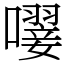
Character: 𡁕